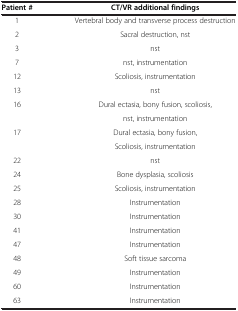
<table><thead><tr><td><b>Patient #</b></td><td><b>CT/VR additional findings</b></td></tr></thead><tbody><tr><td>1</td><td>Vertebral body and transverse process destruction</td></tr><tr><td>2</td><td>Sacral destruction, nst</td></tr><tr><td>3</td><td>nst</td></tr><tr><td>7</td><td>nst, instrumentation</td></tr><tr><td>12</td><td>Scoliosis, instrumentation</td></tr><tr><td>13</td><td>nst</td></tr><tr><td>16</td><td>Dural ectasia, bony fusion, scoliosis,</td></tr><tr><td> </td><td>nst, instrumentation</td></tr><tr><td>17</td><td>Dural ectasia, bony fusion,</td></tr><tr><td> </td><td>Scoliosis, instrumentation</td></tr><tr><td>22</td><td>nst</td></tr><tr><td>24</td><td>Bone dysplasia, scoliosis</td></tr><tr><td>25</td><td>Scoliosis, instrumentation</td></tr><tr><td>28</td><td>Instrumentation</td></tr><tr><td>30</td><td>Instrumentation</td></tr><tr><td>41</td><td>Instrumentation</td></tr><tr><td>47</td><td>Instrumentation</td></tr><tr><td>48</td><td>Soft tissue sarcoma</td></tr><tr><td>49</td><td>Instrumentation</td></tr><tr><td>60</td><td>Instrumentation</td></tr><tr><td>63</td><td>Instrumentation</td></tr></tbody></table>